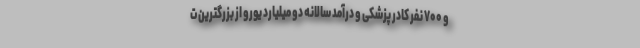
و ۷۰۰ نفر کادر پزشکی و درآمد سالانه دو میلیارد یورو از بزرگترین ت